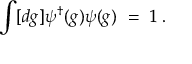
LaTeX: \int [ d g ] \psi ^ { \dagger } ( g ) \psi ( g ) ~ = ~ 1 \; .